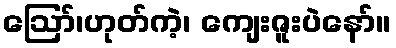
ဪ၊ဟုတ်ကဲ့၊ ကျေးဇူးပဲနော်။